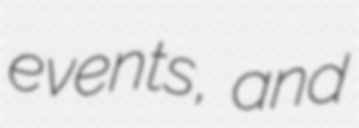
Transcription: events, and